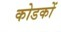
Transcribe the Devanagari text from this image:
कोडकों